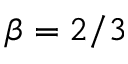
\beta = 2 / 3